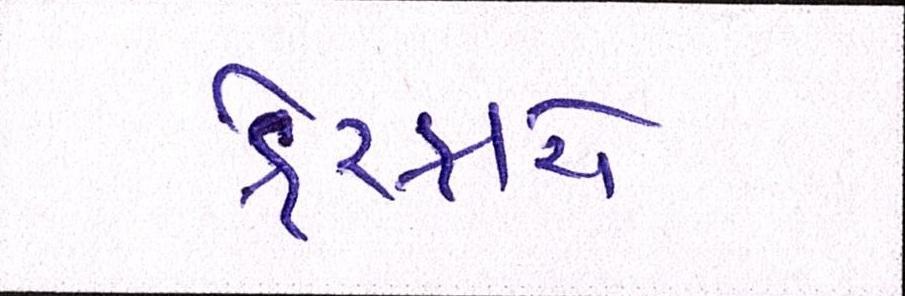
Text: ફેરફારો